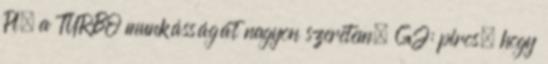
Pl. a TURBO munkásságát nagyon szeretem. GJ: piros, hogy